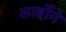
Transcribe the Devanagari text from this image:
लार्होने